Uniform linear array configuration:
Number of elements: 48
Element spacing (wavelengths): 1
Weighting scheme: uniform
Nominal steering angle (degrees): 45
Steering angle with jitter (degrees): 46.818
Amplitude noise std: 0.05
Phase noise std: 0.05

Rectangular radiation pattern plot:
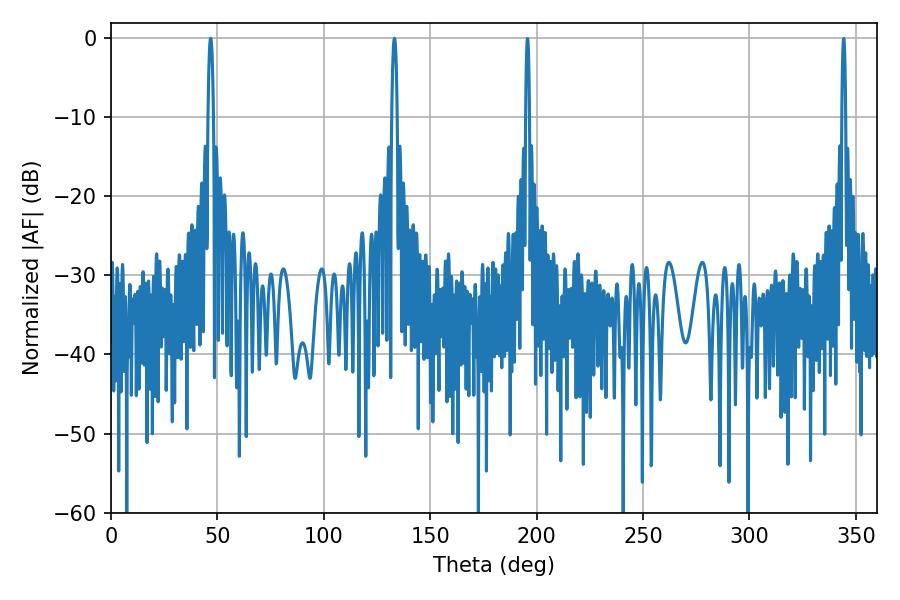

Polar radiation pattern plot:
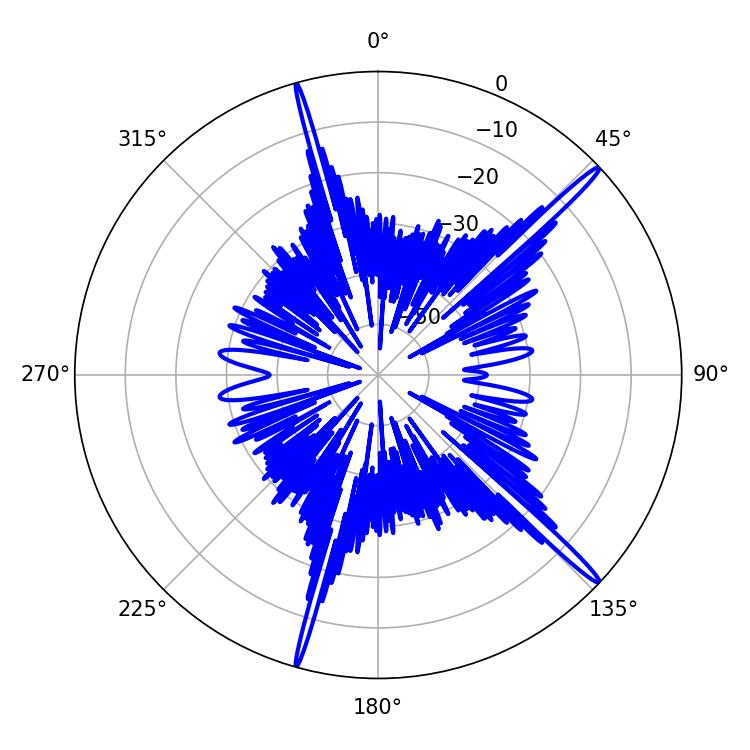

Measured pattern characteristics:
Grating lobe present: TRUE
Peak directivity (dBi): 17.931
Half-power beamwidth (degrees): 1.44
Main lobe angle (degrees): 46.8